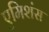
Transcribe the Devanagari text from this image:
एमिशंस